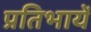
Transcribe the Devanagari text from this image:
प्रतिभायें